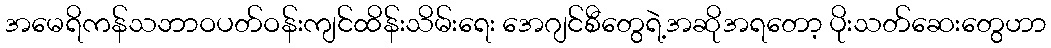
အမေရိကန်သဘာဝပတ်ဝန်းကျင်ထိန်းသိမ်းရေး အေဂျင်စီတွေရဲ့အဆိုအရတော့ ပိုးသတ်ဆေးတွေဟာ